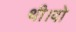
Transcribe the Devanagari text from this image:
थी।वो